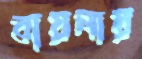
বায়নায়